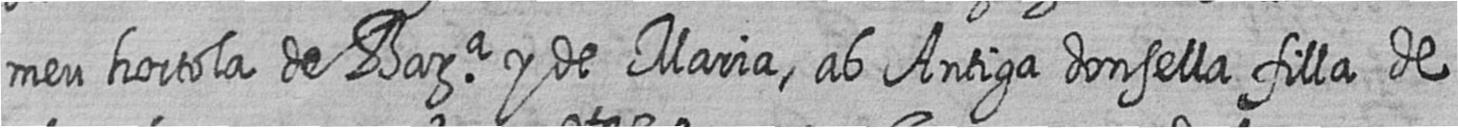
meu hortola de Bara y de Maria ab Antiga donsella filla de